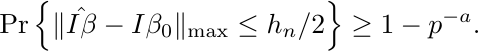
\begin{equation*}
 \Pr \left\{ \|  \hat{I\beta}  - I\beta_0 \| _{\max}  \leq h_n/2 \right\} \geq 1-p^{-a}.
\end{equation*}